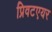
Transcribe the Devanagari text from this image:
प्रिवटएयर